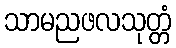
သာမညဖလသုတ္တံ